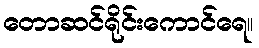
တောဆင်ရိုင်းကောင်ရေ။